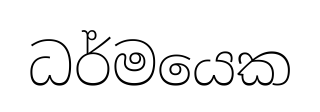
ධර්මයෙක